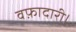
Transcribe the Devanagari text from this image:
वफ़ादारी।